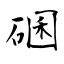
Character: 碅